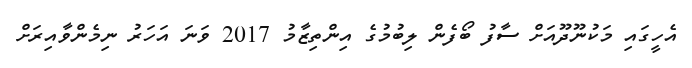
އެހީގައި މަކުނޫދޫއަށް ސާފު ބޯފެން ލިބުމުގެ އިންތިޒާމު 2017 ވަނަ އަހަރު ނިމެންވާއިރަށް